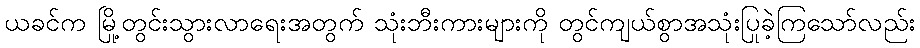
ယခင်က မြို့တွင်းသွားလာရေးအတွက် သုံးဘီးကားများကို တွင်ကျယ်စွာအသုံးပြုခဲ့ကြသော်လည်း